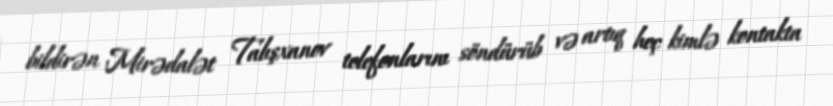
bildirən Mirədalət Talışxanov telefonlarını söndürüb və artıq heç kimlə kontakta